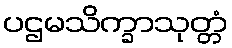
ပဌမသိက္ခာသုတ္တံ